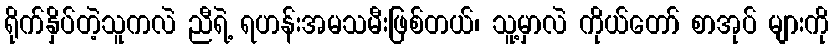
ရိုက်နှိပ်တဲ့သူကလဲ ညီရဲ့ ရဟန်းအမသမီးဖြစ်တယ်၊ သူ့မှာလဲ ကိုယ်တော် စာအုပ် များကို